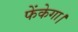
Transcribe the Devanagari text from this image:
फेंकेगा।